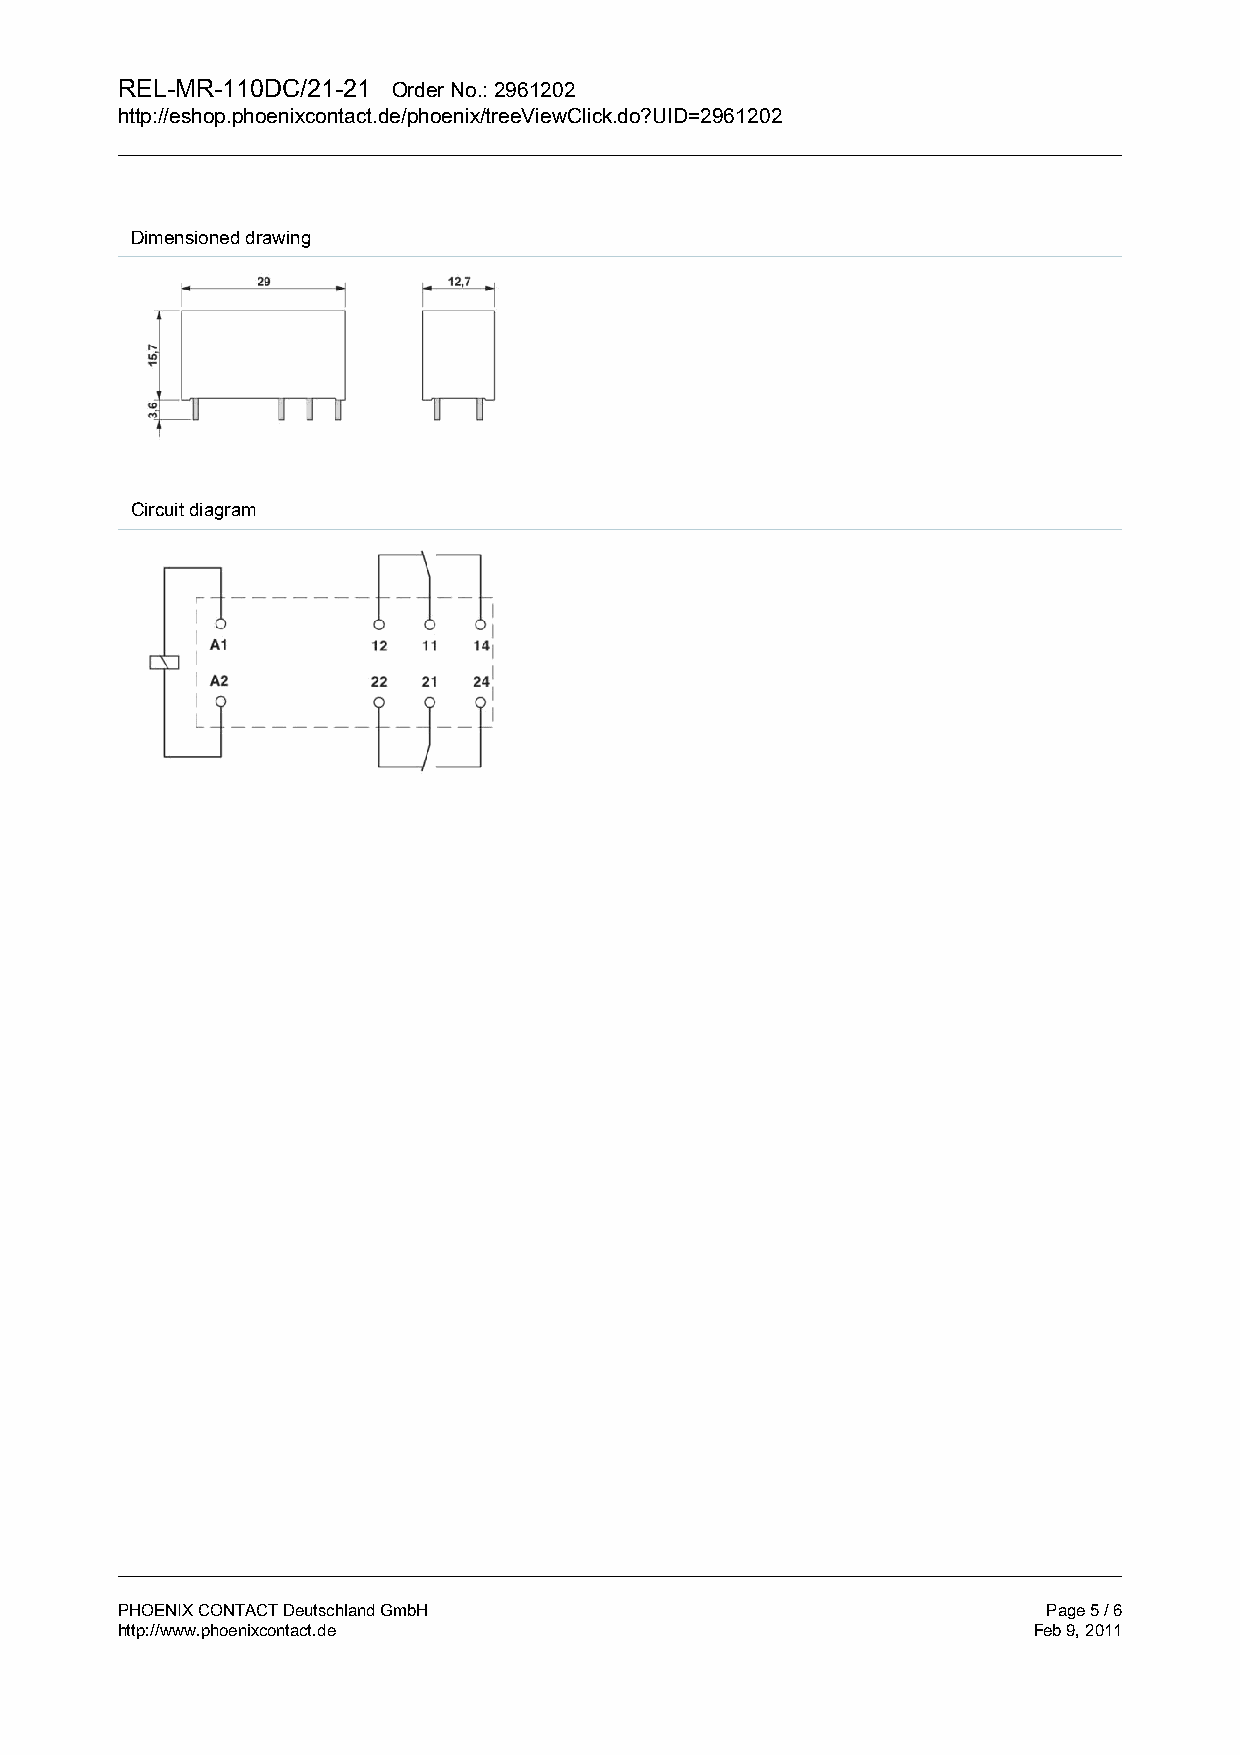
REL-MR-110DC/21-21 Order No.: 2961202
 http://eshop.phoenixcontact.de/phoenix/treeViewClick.do?UID=2961202
 Dimensioned drawing
 Circuit diagram
 PHOENIX CONTACT Deutschland GmbH                             Page 5 / 6
 http://www.phoenixcontact.de                                Feb 9, 2011